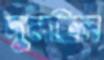
দুলছিল